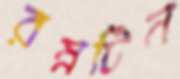
রম্নটিন